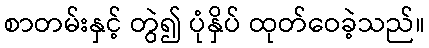
စာတမ်းနှင့် တွဲ၍ ပုံနှိပ် ထုတ်ဝေခဲ့သည်။